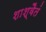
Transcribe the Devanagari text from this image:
शाश्वैतं